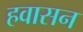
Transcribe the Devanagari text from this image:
हवासन